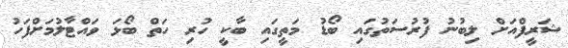
ޝަރީފްއަށް ލިބުނު ފުރުސަތުގައި ބޯޑު މަތީގައި ބާކީ ހުރި ހަތް ބޯޅަ ވައްޓާލުމަށްފަހު